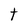
Character: t